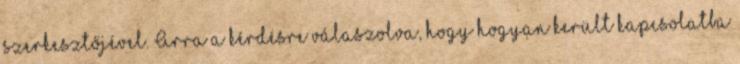
szerkesztőjével. Arra a kérdésre válaszolva, hogy hogyan került kapcsolatba